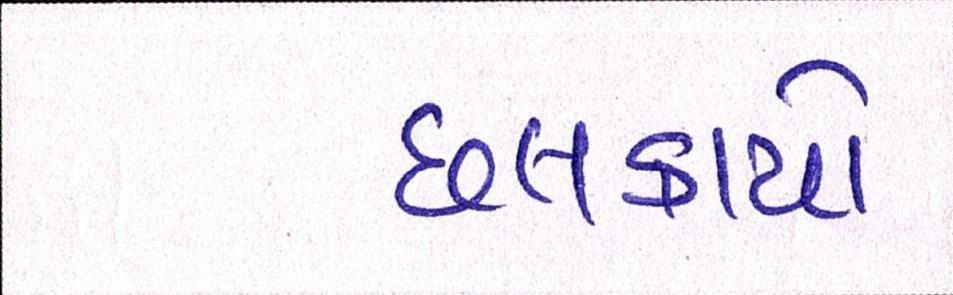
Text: છલકાયો